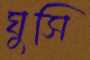
ঘুসি